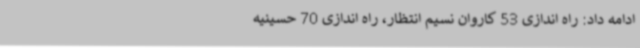
ادامه داد: راه اندازی 53 کاروان نسیم انتظار، راه اندازی 70 حسینیه